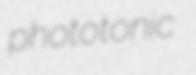
phototonic